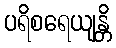
ပရိစရေယျန္တိ